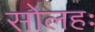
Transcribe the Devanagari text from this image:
सोलहः